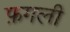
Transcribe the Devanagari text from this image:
फ़गली